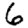
Digit: 6